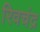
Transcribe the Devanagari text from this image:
रिवचंद्र